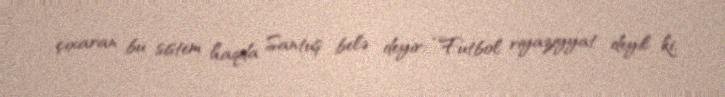
çıxaran bu sistem haqda Santuş belə deyir: “Futbol riyaziyyat deyil ki,